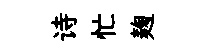
诗忙麹